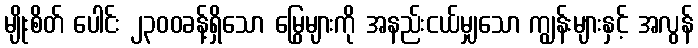
မျိုးစိတ် ပေါင်း ၂၃၀၀ခန့်ရှိသော မြွေများကို အနည်းငယ်မျှသော ကျွန်းများနှင့် အလွန်